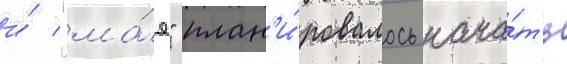
и́ "ма́я" план'и́ровалось нача́ть